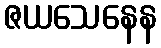
ဇယသေနေန